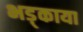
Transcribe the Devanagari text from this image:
भड़्काया